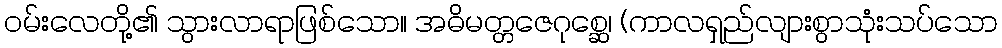
ဝမ်းလေတို့၏ သွားလာရာဖြစ်သော။ အဓိမတ္တဇေဂုစ္ဆေ၊ (ကာလရှည်လျားစွာသုံးသပ်သော